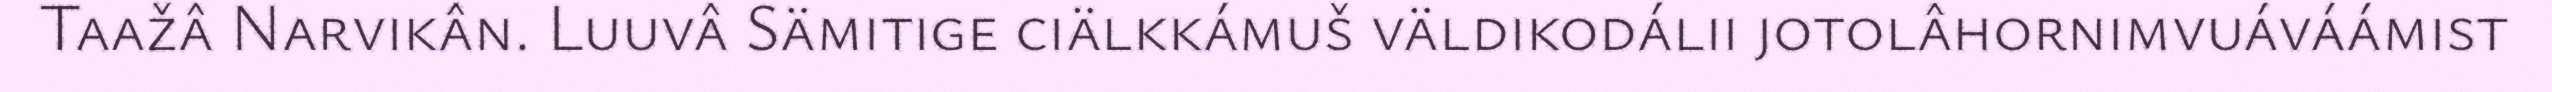
Taažâ Narvikân. Luuvâ Sämitige ciälkkámuš väldikodálii jotolâhornimvuáváámist